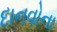
દાનવોના